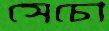
সেচো